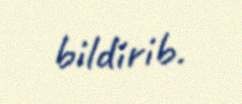
bildirib.